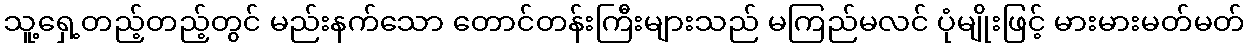
သူ့ရှေ့တည့်တည့်တွင် မည်းနက်သော တောင်တန်းကြီးများသည် မကြည်မလင် ပုံမျိုးဖြင့် မားမားမတ်မတ်